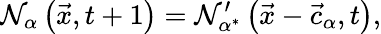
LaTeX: \mathcal{N}_{\alpha}\left(\vec{{x}},t+1\right)=\mathcal{N}_{\alpha^{*}}^{\prime}\left(\vec{{x}}-\vec{{c}}_{\alpha},t\right),